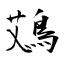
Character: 鴱